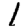
Digit: 1